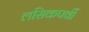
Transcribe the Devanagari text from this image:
लसिकपर्वी